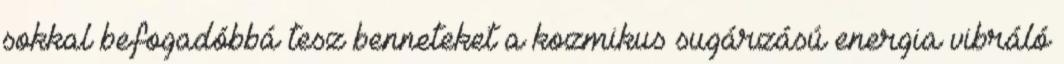
sokkal befogadóbbá tesz benneteket a kozmikus sugárzású energia vibráló